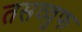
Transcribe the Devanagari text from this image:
तसव्‍वुफ